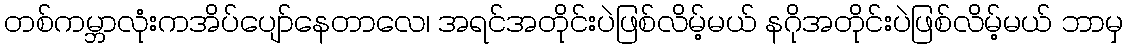
တစ်ကမ္ဘာလုံးကအိပ်ပျော်နေတာလေ၊ အရင်အတိုင်းပဲဖြစ်လိမ့်မယ် နဂိုအတိုင်းပဲဖြစ်လိမ့်မယ် ဘာမှ